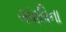
ગધાવિના